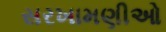
સરખામણીઓ